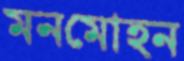
মনমোহন